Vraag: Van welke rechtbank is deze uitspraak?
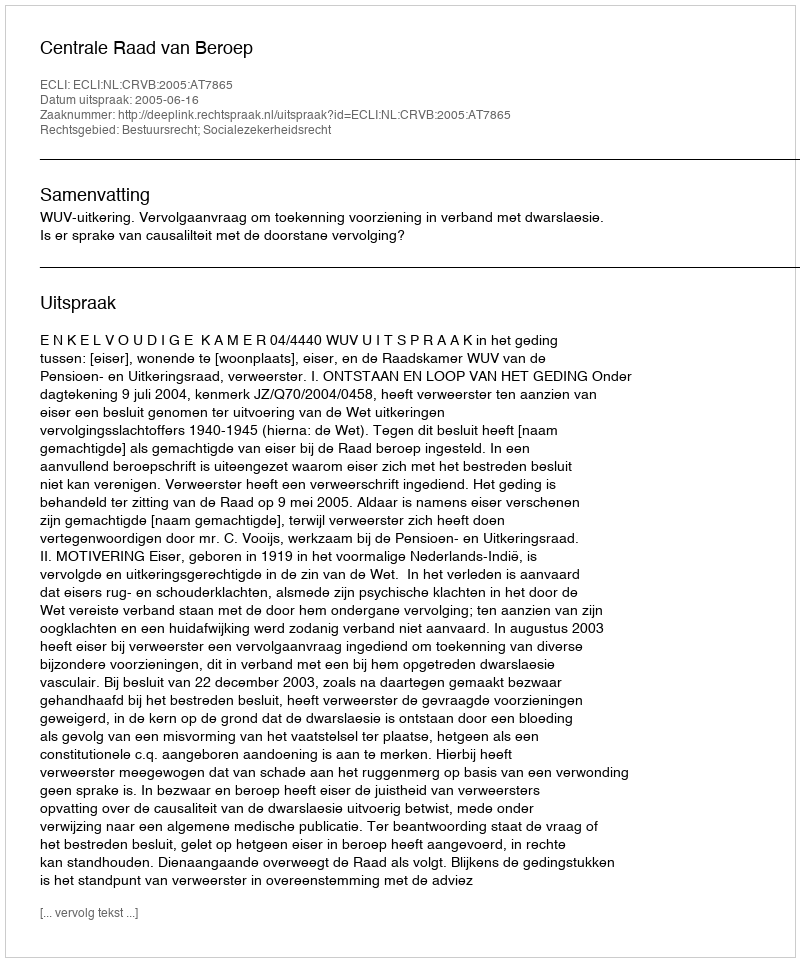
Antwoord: Centrale Raad van Beroep